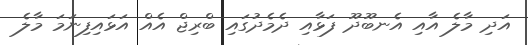
އަދި މާލެ އާއި އެނބޫދޫ ފަޅާއި ދެމެދުގައި ބްރިޖް އެއް އަޅައިފިނަމަ މާލެ